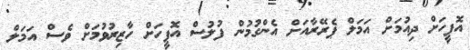
އޮފީހަށް ދިއުމަށް އަމަލް ޕެރޭރާއަށް އެންގުމުން ފުލުސް އޮފީހަށް ހާޒިރުވުމަށް ވެސް އަމަލް